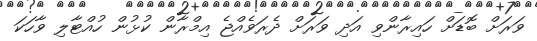
ވަރަށް ބޮޑަށް ހައިރާންވި އަދި ވަރަށް ދެރަވެއްޖެ އިމްރާން ކުޅުން ހުއްޓާލި ވާހަކަ